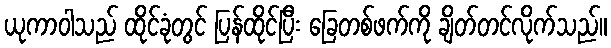
ယုကာဝါသည် ထိုင်ခုံတွင် ပြန်ထိုင်ပြီး ခြေတစ်ဖက်ကို ချိတ်တင်လိုက်သည်။